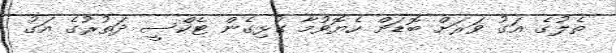
ތެލުގެ އަގު ވަރަށް ބޮޑަށް ހެޔޮވުމާ ގުޅިގެން ޓެކްސީ ދަތުރުގެ އަގު